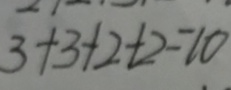
3 + 3 + 2 + 2 = 1 0